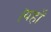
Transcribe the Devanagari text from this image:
।यहाँ